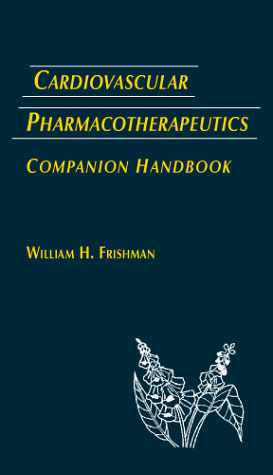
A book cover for Cardiovasular Pharmacotherapeutics Companion Handbook; Medical Books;